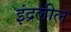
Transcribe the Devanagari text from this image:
इंद्रलील